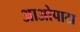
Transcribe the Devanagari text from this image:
आओपाटा